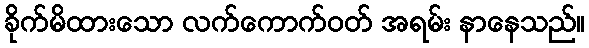
ခိုက်မိထားသော လက်ကောက်ဝတ် အရမ်း နာနေသည်။